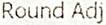
ROUND ADJ